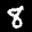
Label: 8